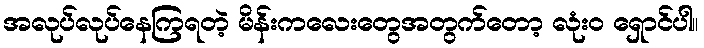
အလုပ်လုပ်နေကြရတဲ့ မိန်းကလေးတွေအတွက်တော့ လုံးဝ ရှောင်ပါ။